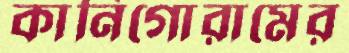
কানিগোরামের